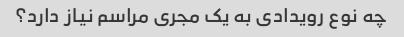
چه نوع رویدادی به یک مجری مراسم نیاز دارد؟